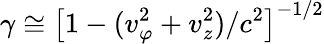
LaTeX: \gamma\cong\left[1-(v_{\varphi}^{2}+v_{z}^{2})/c^{2}\right]^{-1/2}